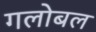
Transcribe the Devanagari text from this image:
गलोबल